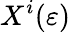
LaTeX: X^{i}(\varepsilon)